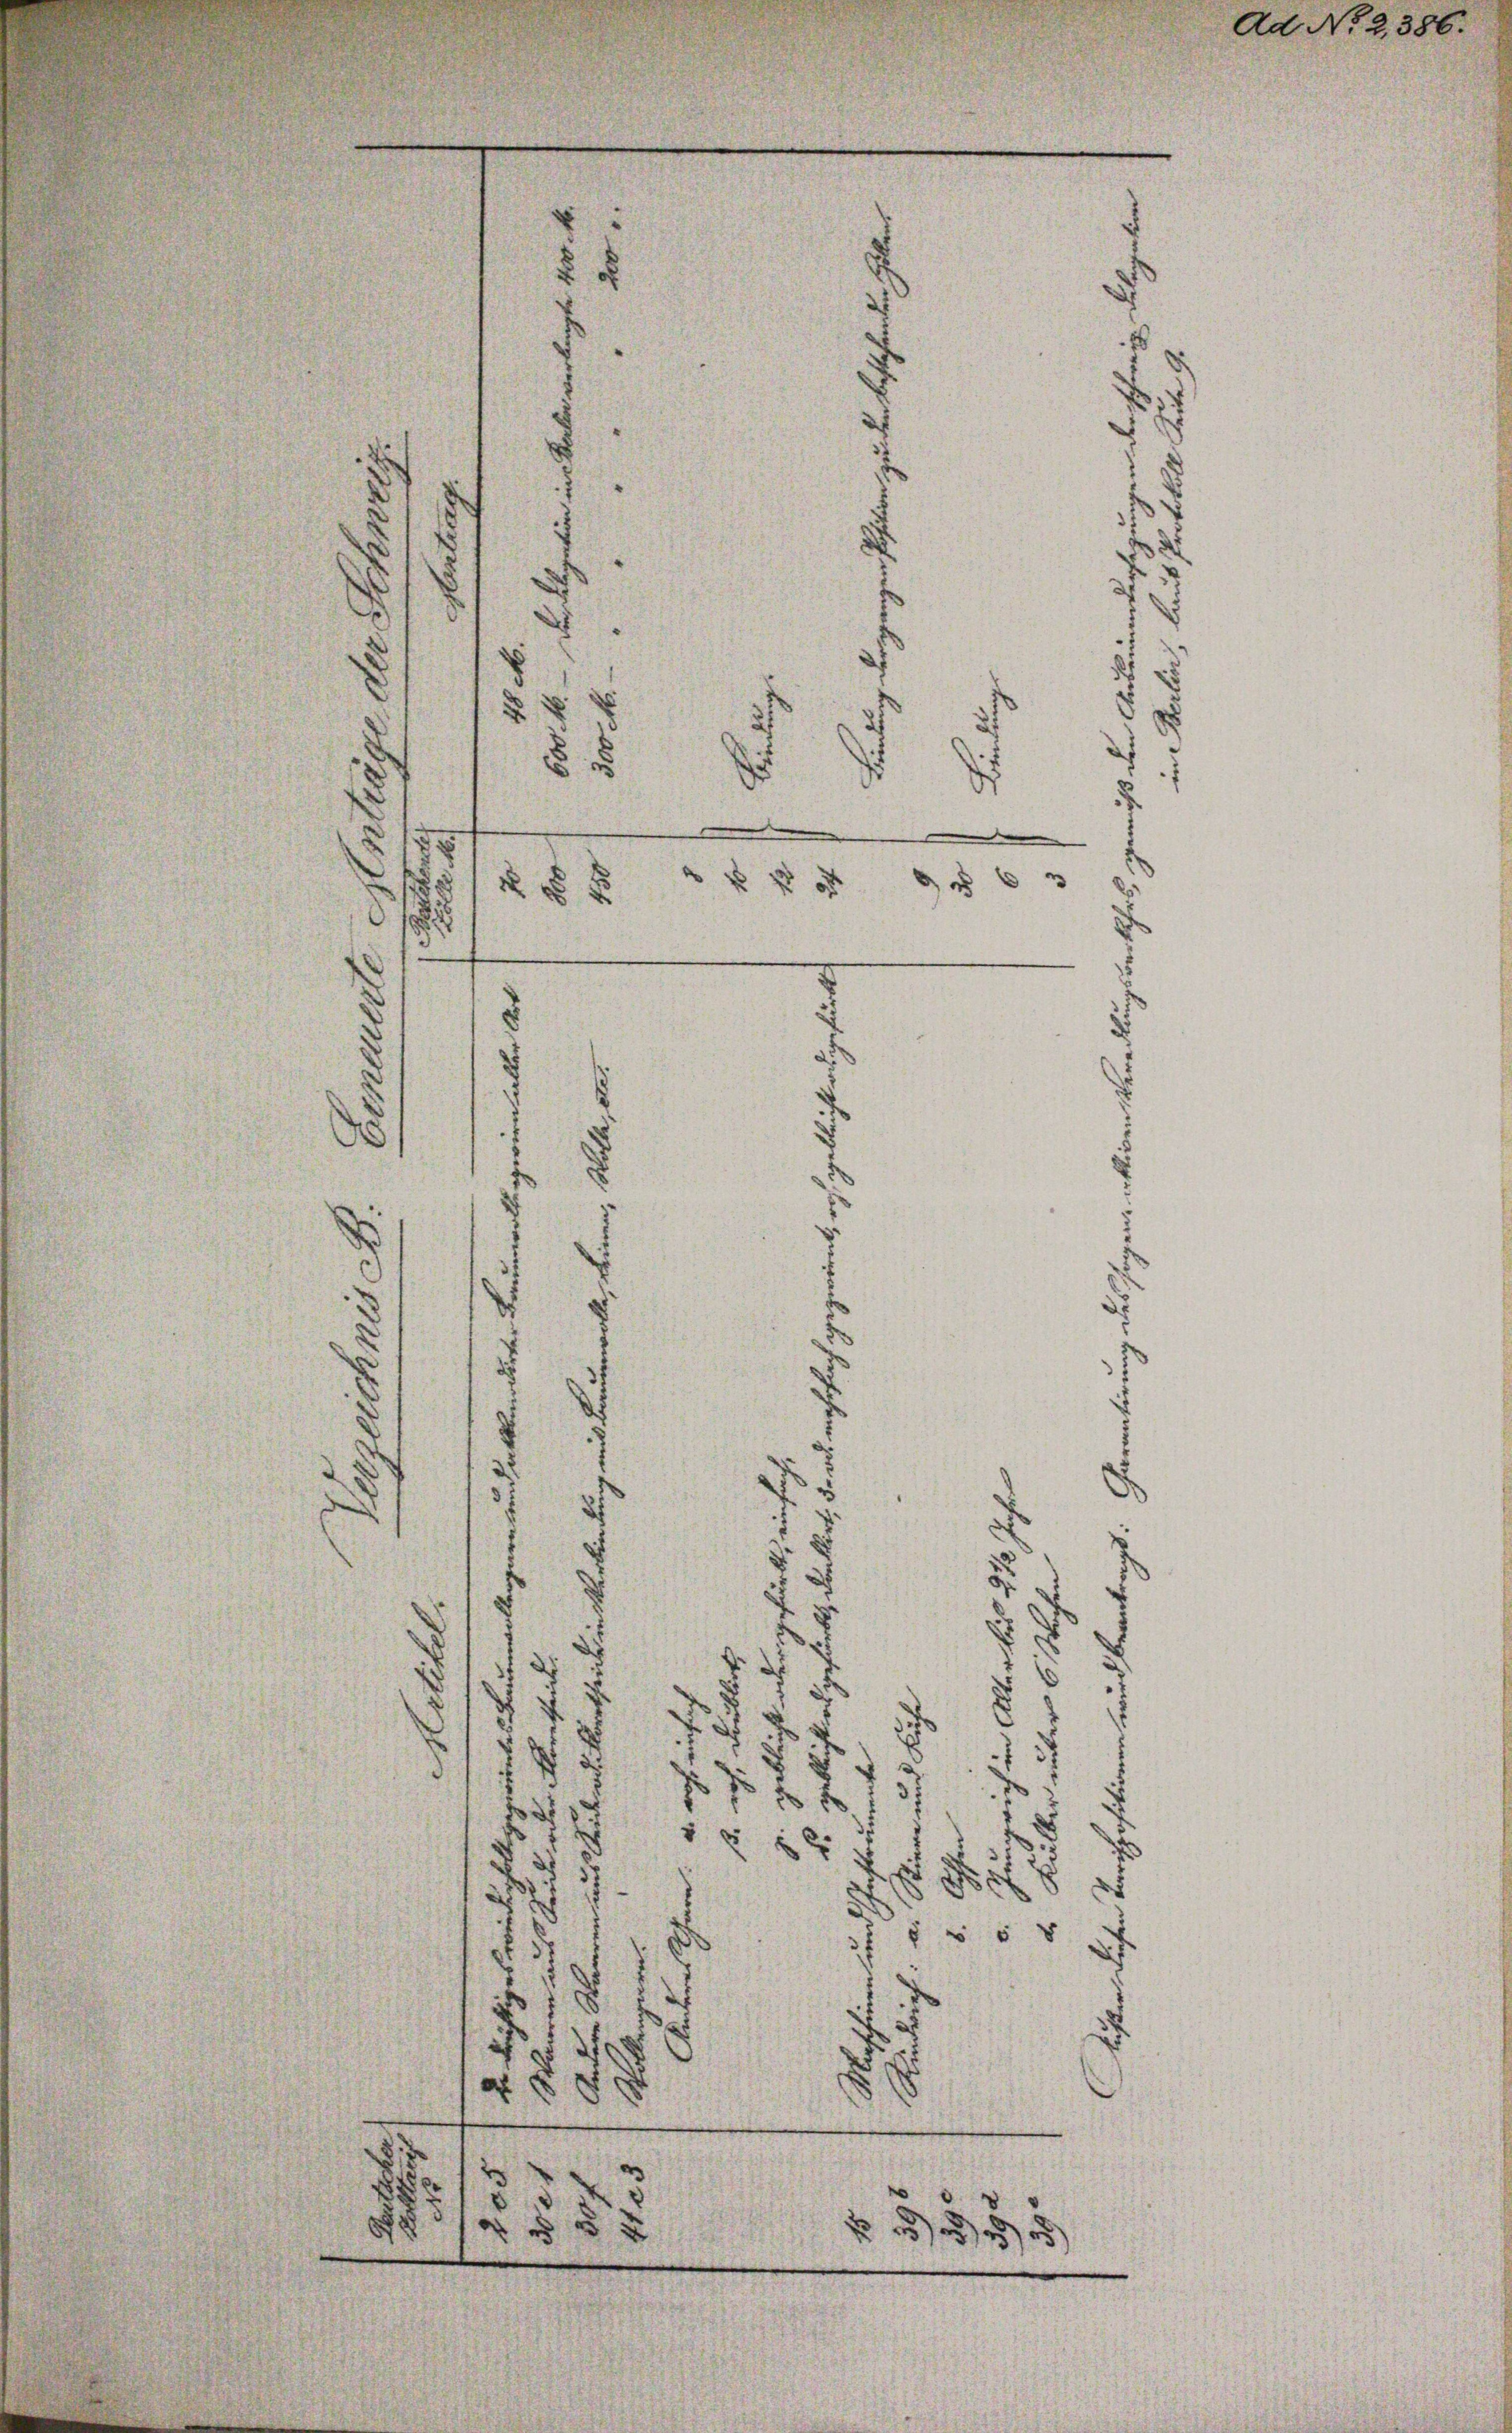
1
e
d
.
e

.
 f 0
 63
f 5 x

u
d

.
8
d
e
3
7
1
d
5
u
2
2
d

1
 d
d
35
u
s
.
.
d
u
x
5 x
e
f
d
d
d
ich
d
u
8
e
 n e g

d

s

Ad No 2, 386.